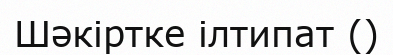
Шәкіртке ілтипат ()